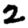
Digit: 2